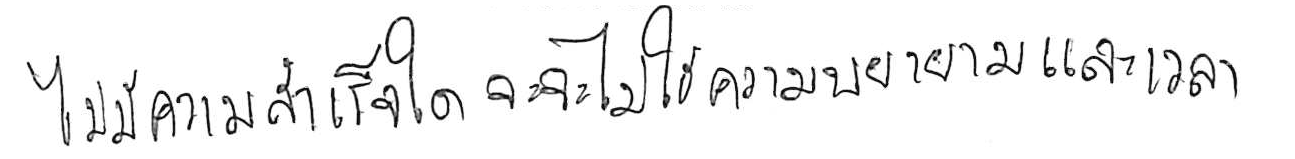
ไม่มีความสำเร็จใด ที่จะไม่ใช้ความพยายามและเวลา